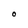
Character: O